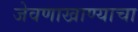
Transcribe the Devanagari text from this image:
जेवणाखाण्याचा